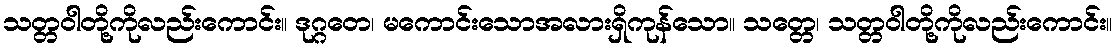
သတ္တဝါတို့ကိုလည်းကောင်း။ ဒုဂ္ဂတေ၊ မကောင်းသောအလားရှိကုန်သော။ သတ္တေ၊ သတ္တဝါတို့ကိုလည်းကောင်း။